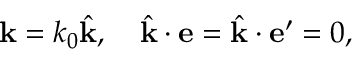
{ \bf k } = k _ { 0 } \hat { \bf k } , \quad \hat { \bf k } \cdot { \bf e } = \hat { \bf k } \cdot { \bf e ^ { \prime } } = 0 ,